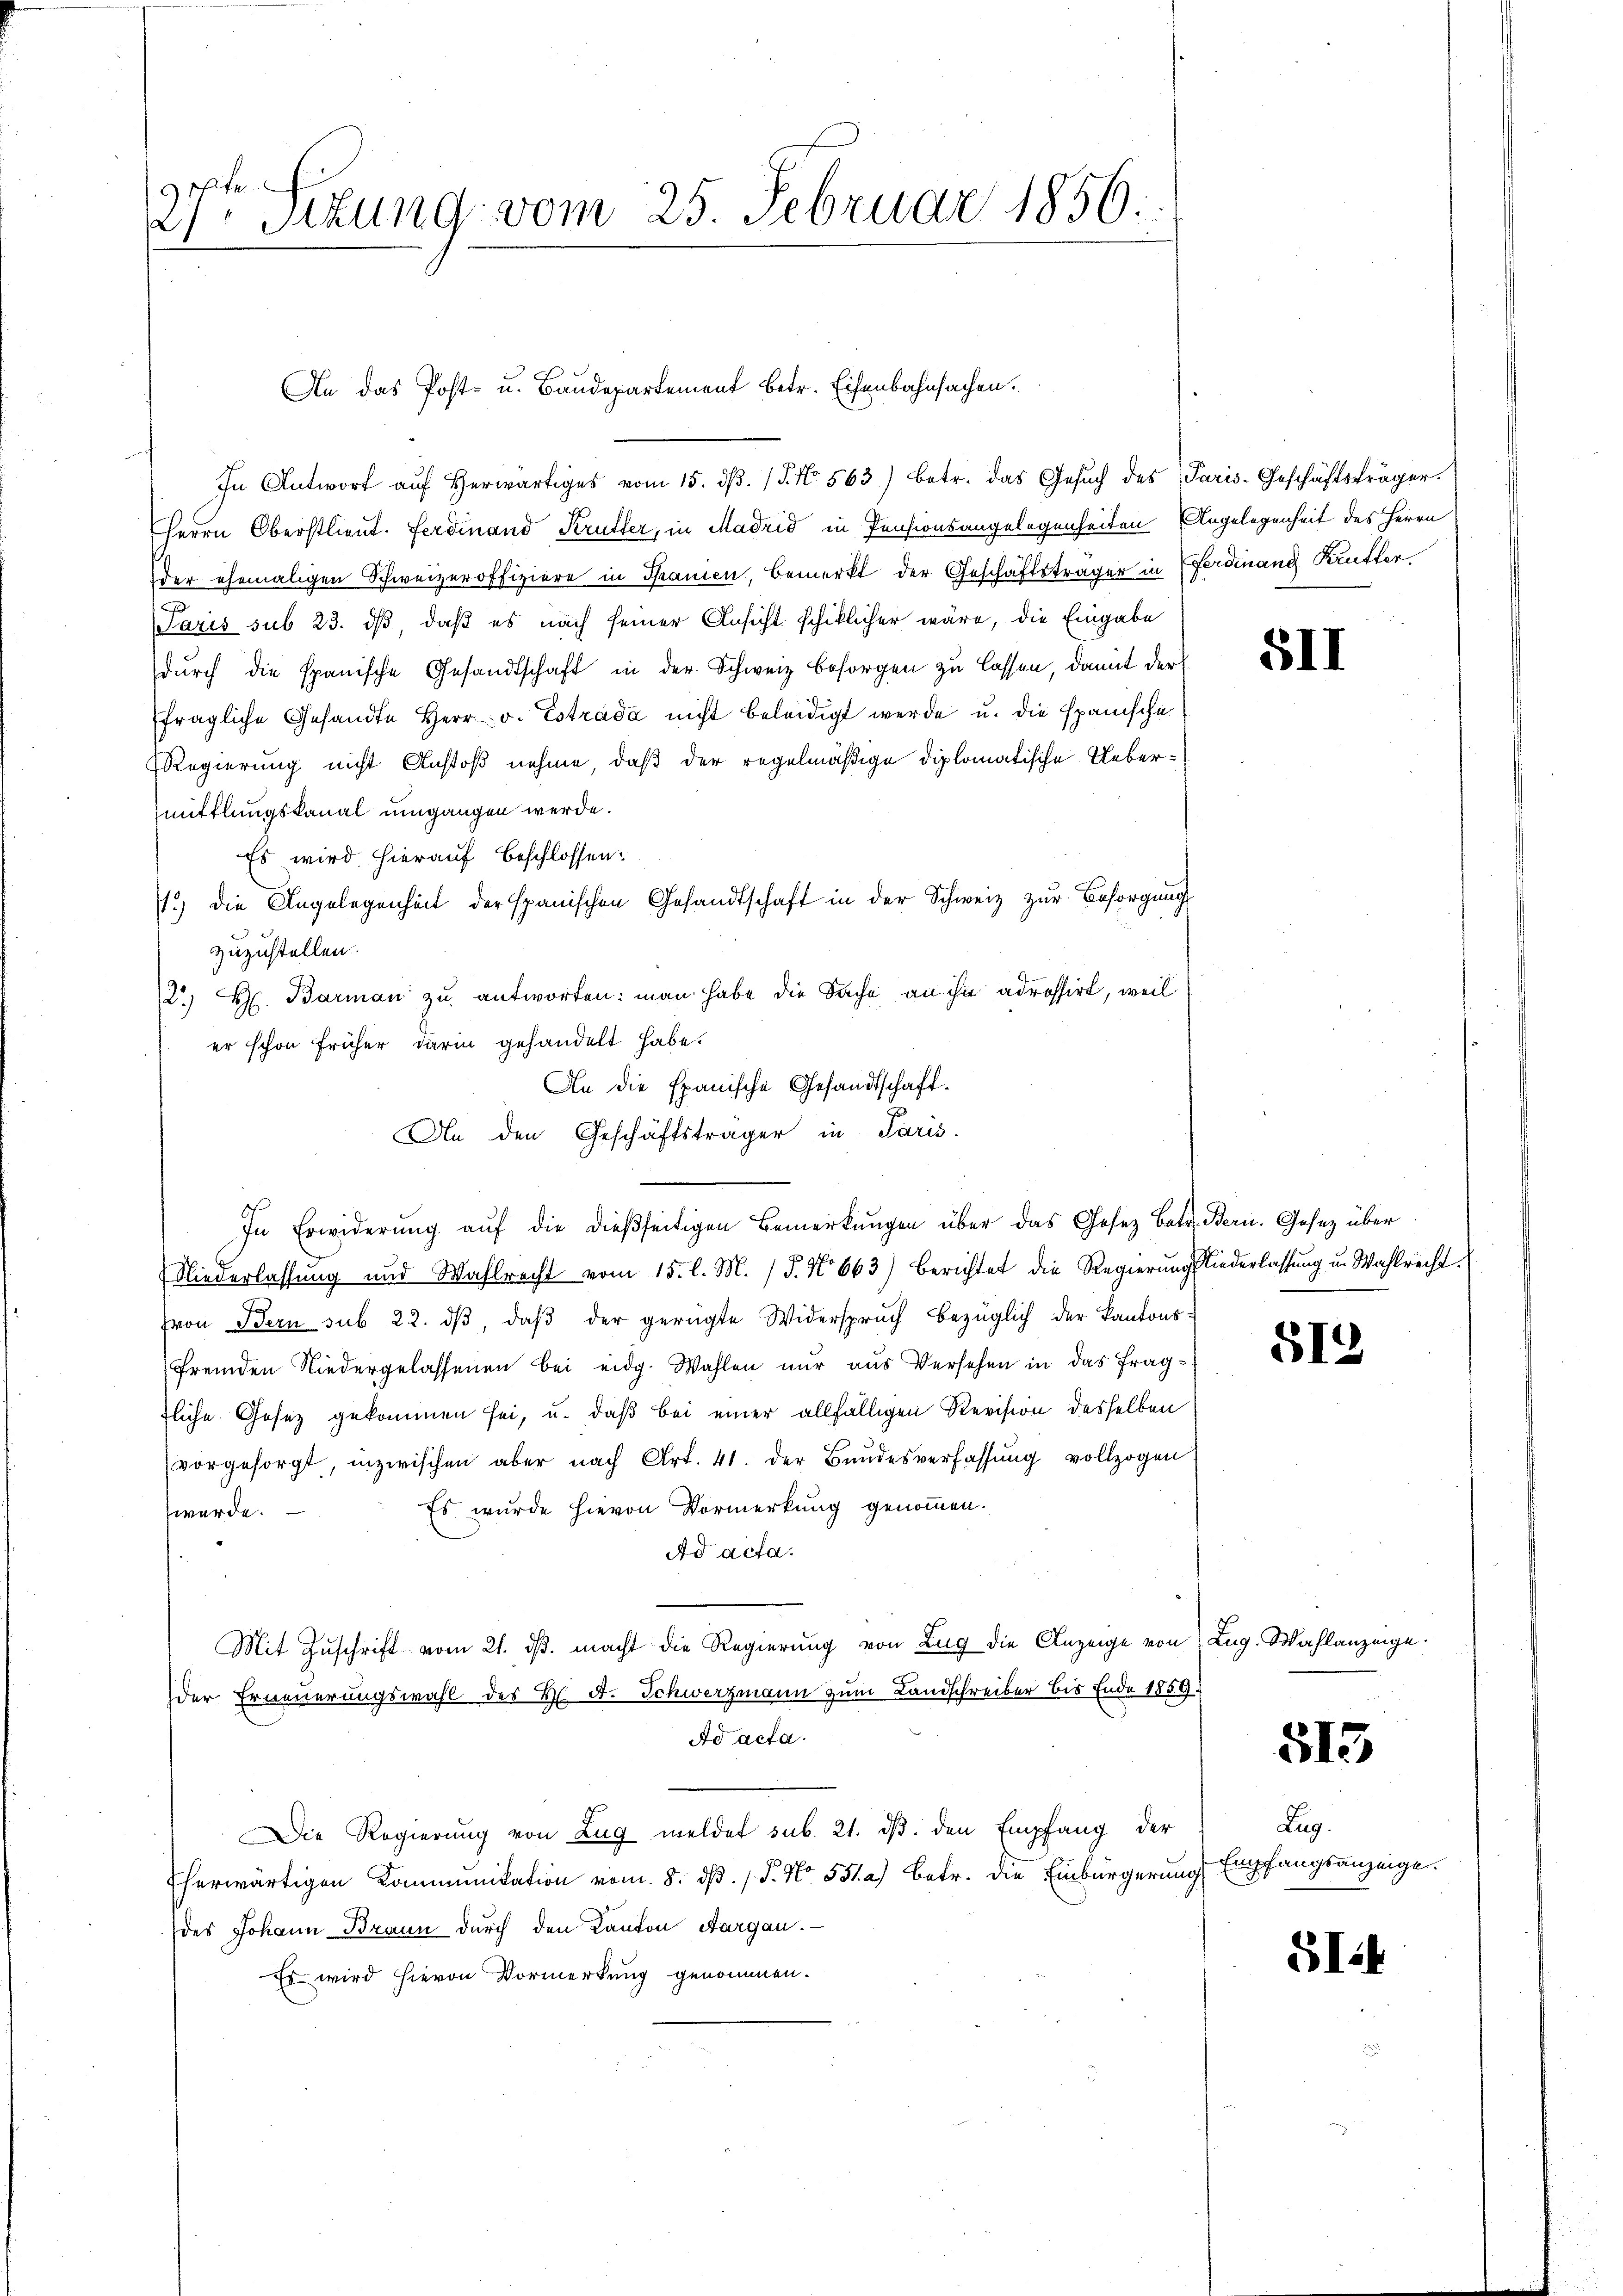
27ten Sitzung vom 25. Februar 1856.

In Antwort auf herwärtiges vom 15. dβ. (T. No. 563) betr. das Gesŭch des Paris-Geschäftsträger.
Herrn Oberstlieut. Ferdinand, Kruller, in Madrid in Pensionsangelegenheiten Angelegenheit des Herrn
der ehemaligen Schweizeroffiziere in Spanien, bemerkt der Geschäftsträger in Ferdinand Brütter
Paris sub 23. dβ, daß es nach seiner Ansicht schiklicher wäre, die Eingabe
dŭrch die spanische Gesandtschaft in der Schweiz besorgen zu lassen, damit der
fragliche Gesandte Herr v. Estrada nicht beleidigt werde u. die Spanische
Regierung nicht Anstoß nehme, daß der regelmäßige diplomatische Uebermittlungskanal umgangen werde.
Es wird hierauf beschlossen:
1.) die Angelegenheit der spanischen Gesandtschaft in der Schweiz zŭr Besorgŭng
zuzustellen.
2.) H. Barman zu antworten: man habe die Sache an ihn adressirt, weil
er schon früher darin gehandelt habe.
An die Epanische Gesandtschaft.
In Erwiderŭng aŭf die dießseitigen Bemerkŭngen über das Gesetz betr. Bern. Gesetz über
Niederlassung und Wahlrecht vom 15. l. M. / 5. No 663) Berichtet die Regierŭng siederlassŭng u. Wahlrecht.
von Bern sub 22. dβ, daβ der gerügte Widerspruch bezüglich der Kantons-
fremden Niedergelassenen bei eidg. Wahlen nur aus Versehen in das fragfliche Gesez gekommen sei, u. daß bei einer allfälligen Revision desselben
vorgesorgt, inzwischen aber nach Art. 41. der Bundesverfassŭng vollzogen
Es wurde hievon Vormerkung genommen.
werde.
Ad acta.
Mit Zuschrift vom 21. ds. macht die Regierung von Zug die Anzeige von
der Erneuerungswahl des H. A. Schwerzmann zum Landschreiber bis Ende 1859
Ad acta.
Die Regierung von Zug meldet sub. 21. dβ. den Empfang der
Eherwärtigen Kommunikation vom 8. d. 1 S. No. 551. a) betr. die Einbürgerung
des Johann Braun durch den Kanton Aargau.
Es wird hievon Vormerkung genommen.

An das Post- u. Baudepartement betr. Eisenbahnsachen.

An den Geschäftsträger in Paris.

5II

512

Lug. Wahlanzeige.

513

Zug.
g Empfangsanzeige.

SIit